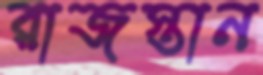
রাজস্তান